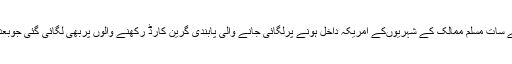
ٹرمپ کی جانب سے سات مسلم ممالک کے شہریوںکے امریکہ داخل ہونے پرلگائی جانے والی پابندی گرین کارڈ رکھنے والوں پربھی لگائی گئی جوبعدمیں ختم کردی گئی۔